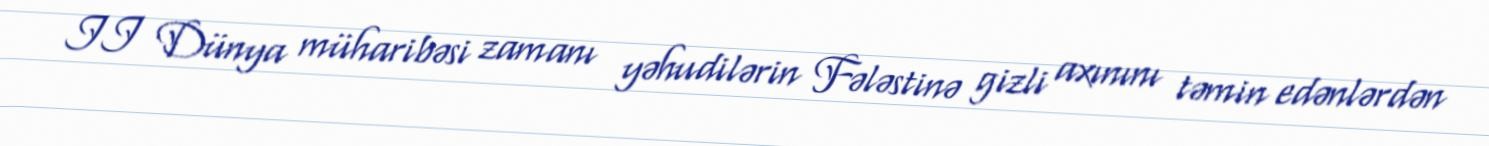
II Dünya müharibəsi zamanı yəhudilərin Fələstinə gizli axınını təmin edənlərdən